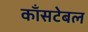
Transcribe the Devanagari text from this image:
काँसटेबल